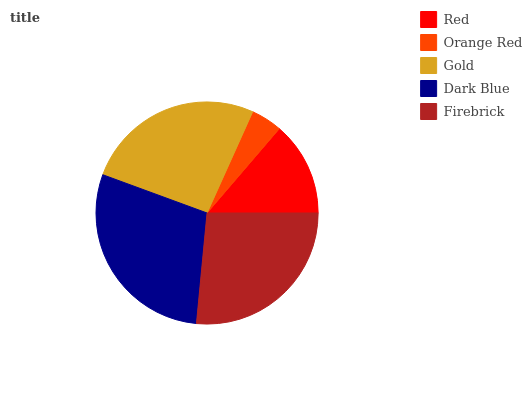
| Red | Orange Red | Gold | Dark Blue | Firebrick |
 | --- | --- | --- | --- | --- |
 | 13.7% | 4.53% | 26.1% | 29.1% | 26.6% |